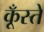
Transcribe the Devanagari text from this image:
कूँस्ते